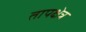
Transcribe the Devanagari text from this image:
तापक्षेत्र